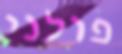
פולני